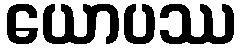
ယောပဿ